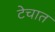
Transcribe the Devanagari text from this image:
टेचात